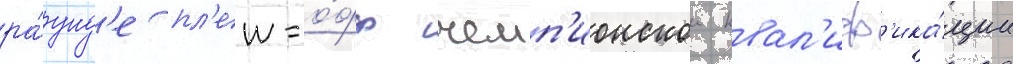
ра́унд'е пл'еи-о́фф чемп'ионскои квал'иф'ика́ции